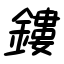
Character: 鏤